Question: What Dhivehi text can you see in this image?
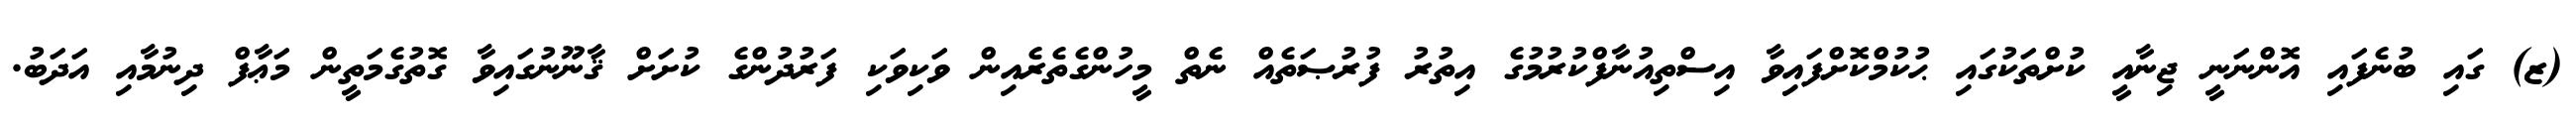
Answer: (ޒ) ގައި ބުނެފައި އޮންނަނީ ޖިނާއީ ކުށްތަކުގައި ޙުކުމްކޮށްފައިވާ އިސްތިއުނާފްކުރުމުގެ އިތުރު ފުރުޞަތެއް ނެތް މީހުންގެތެރެއިން ވަކިވަކި ފަރުދުންގެ ކުށަށް ޤާނޫނުގައިވާ ގޮތުގެމަތީން މަޢާފް ދިނުމާއި އަދަބު.